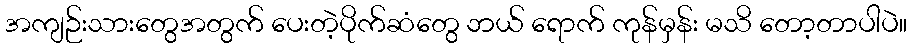
အကျဉ်းသားတွေအတွက် ပေးတဲ့ပိုက်ဆံတွေ ဘယ် ရောက် ကုန်မှန်း မသိ တော့တာပါပဲ။